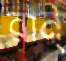
রান্